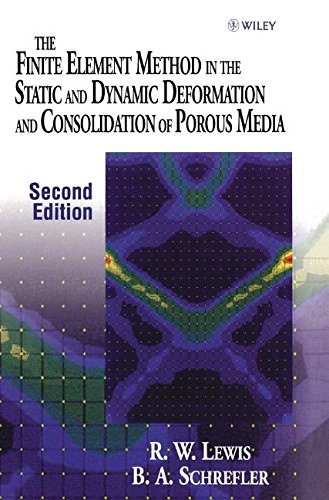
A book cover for The Finite Element Method in the Static and Dynamic Deformation and Consolidation of Porous Media, 2nd Edition; R. W. Lewis; Medical Books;